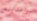
تواعدينه